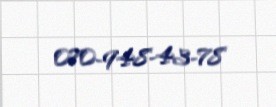
070-948-43-78